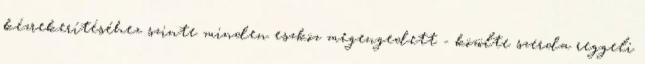
kézrekerítéséhez szinte minden eszköz megengedett - közölte szerda reggeli